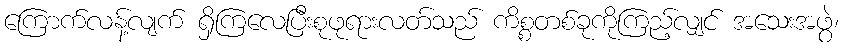
ကြောက်လန့်လျက် ရှိကြလေပြီးစုဖုရားလတ်သည် ကိစ္စတစ်ခုကိုကြည့်လျှင် အသေးအဖွဲ၊